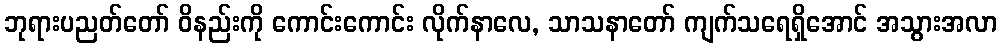
ဘုရားပညတ်တော် ဝိနည်းကို ကောင်းကောင်း လိုက်နာလေ, သာသနာတော် ကျက်သရေရှိအောင် အသွားအလာ